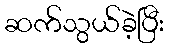
ဆက်သွယ်ခဲ့ပြီး